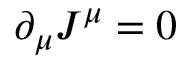
\partial _ { \mu } J ^ { \mu } = 0